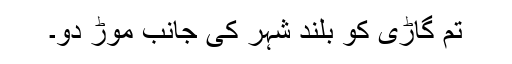
تم گاڑی کو بلند شہر کی جانب موڑ دو۔